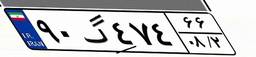
۹۹گ۶۲۴۱۵